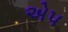
એપ